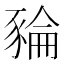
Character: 𧱜